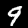
Label: 9